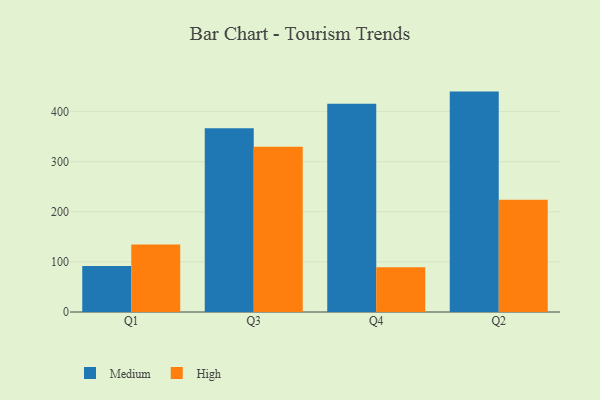
{"axis": {"x": "Quarter", "y": "Conversion Rate (%)"}, "legend": ["High", "Medium"], "data": [{"x": "Q1", "y": 91.8, "type": "Medium"}, {"x": "Q1", "y": 134.7, "type": "High"}, {"x": "Q3", "y": 366.8, "type": "Medium"}, {"x": "Q3", "y": 330.0, "type": "High"}, {"x": "Q4", "y": 415.8, "type": "Medium"}, {"x": "Q4", "y": 89.4, "type": "High"}, {"x": "Q2", "y": 440.0, "type": "Medium"}, {"x": "Q2", "y": 224.3, "type": "High"}]}